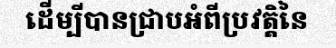
ដើម្បីបានជ្រាបអំពីប្រវត្តិនៃ